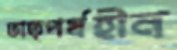
তাত্পর্যহীন